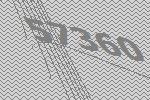
57360